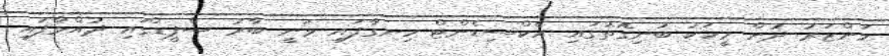
މަންޒަރު ދުށް މީހަކު ބުނިގޮތުގައި އެކްސިޑެންޓް ހިނގާފައި ވަނީ ބާރު ސްޕީޑްގައި ދުއްވާފައި